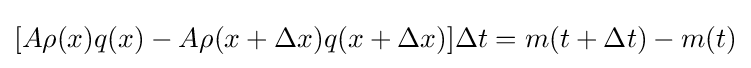
[A\rho (x)q(x)-A\rho (x+\Delta x)q(x+\Delta x)]\Delta t=m(t+\Delta t)-m(t)